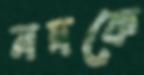
নদকে